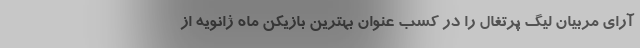
آرای مربیان لیگ پرتغال را در کسب عنوان بهترین بازیکن ماه ژانویه از